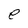
Character: e